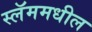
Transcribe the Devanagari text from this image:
स्लॅममधील